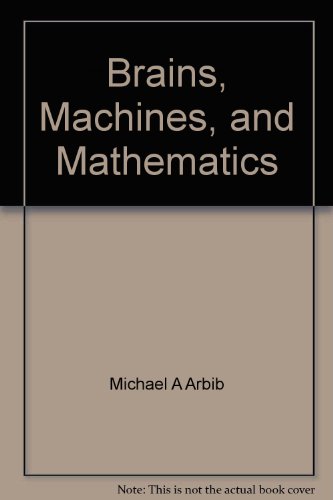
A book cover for Brains, Machines, and Mathematics; michael arbib; Computers & Technology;